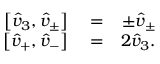
\begin{array} { r l r } { \left[ \hat { v } _ { 3 } , \hat { v } _ { \pm } \right] } & { { } = } & { \pm \hat { v } _ { \pm } } \\ { \left[ \hat { v } _ { + } , \hat { v } _ { - } \right] } & { { } = } & { 2 \hat { v } _ { 3 } . } \end{array}